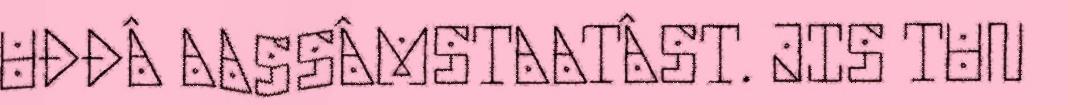
UĐĐÂ AASSÂMSTAATÂST. JIS TUN